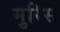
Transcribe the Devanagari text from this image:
मुरिस